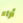
أراء